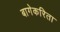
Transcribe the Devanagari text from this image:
बागेकरिता